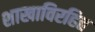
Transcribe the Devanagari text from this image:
शाखाविरहित